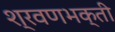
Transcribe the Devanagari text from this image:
श्रवणभक्ती